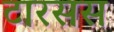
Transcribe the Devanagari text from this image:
टारसस